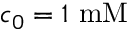
c _ { 0 } = 1 ~ \mathrm { m M }